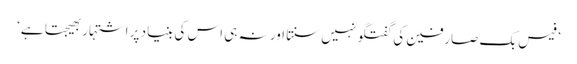
’فیس بک صارفین کی گفتگو نہیں سنتا اور نہ ہی اس کی بنیاد پر اشتہار بھیجتا ہے‘